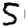
Digit: 5